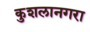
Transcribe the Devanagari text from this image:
कुशलानगरा